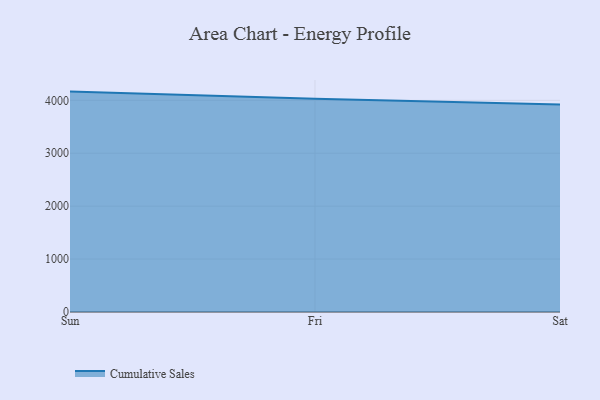
{"axis": {"x": "Day", "y": "Customer Acquisition Cost (USD)"}, "legend": ["Cumulative Sales"], "data": [{"x": "Sun", "y": 4165.4, "type": "Cumulative Sales"}, {"x": "Fri", "y": 4029.7, "type": "Cumulative Sales"}, {"x": "Sat", "y": 3922.4, "type": "Cumulative Sales"}]}